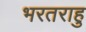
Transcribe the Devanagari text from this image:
भरतराहु